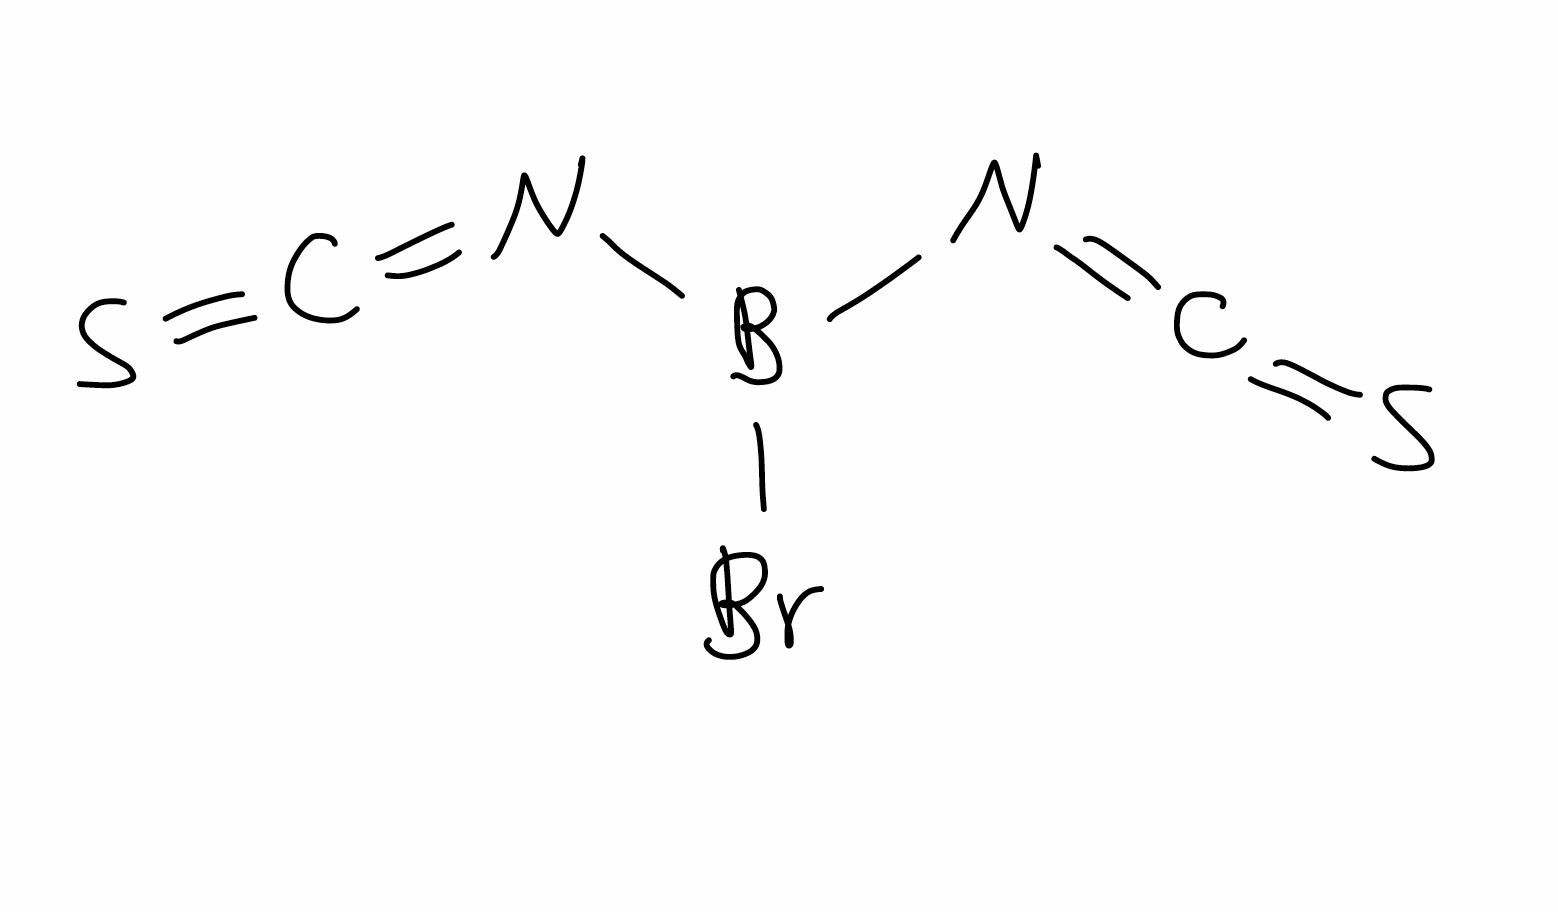
Simplified molecular-input line-entry system (SMILES) notation of the given molecule:
B(N=C=S)(N=C=S)Br